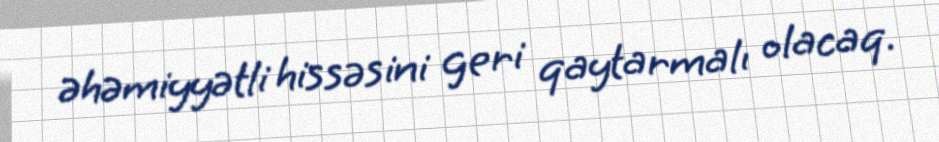
əhəmiyyətli hissəsini geri qaytarmalı olacaq.